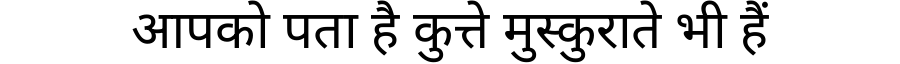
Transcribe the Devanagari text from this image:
आपको पता है कुत्ते मुस्कुराते भी हैं